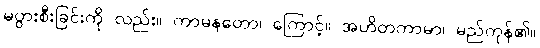
မပွားစီးခြင်းကို လည်း။ ကာမနတော၊ ကြောင့်။ အဟိတကာမာ၊ မည်ကုန်၏။